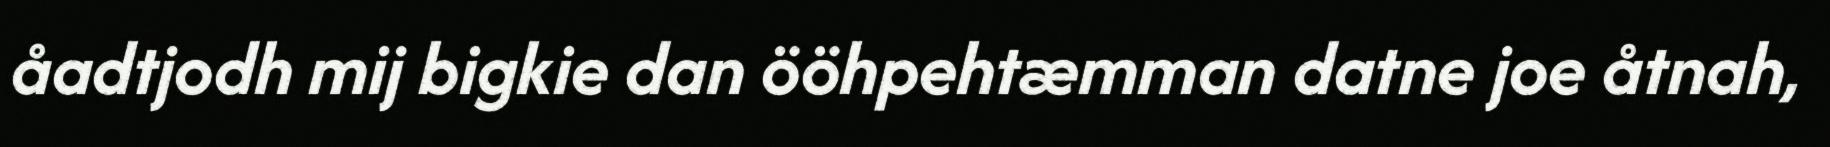
åadtjodh mij bigkie dan ööhpehtæmman datne joe åtnah,